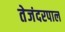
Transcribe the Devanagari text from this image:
तेजंदरपाल